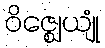
ဝိဇ္ဈေယျုံ